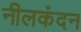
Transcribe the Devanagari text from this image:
नीलकंदन